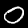
Digit: 0